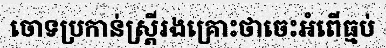
ចោទប្រកាន់ស្ត្រីរងគ្រោះថាចេះអំពើធ្មប់